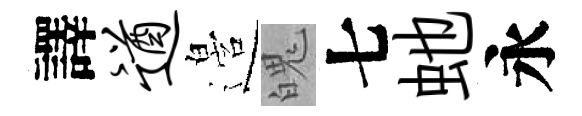
譯遒邉魄七虵永